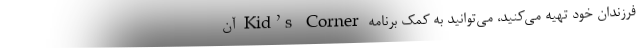
فرزندان خود تهیه می‌کنید، می‌توانید به کمک برنامه Kid’s Corner آن